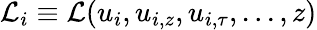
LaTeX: \mathcal{L}_{i}\equiv\mathcal{L}(u_{i},u_{i,z},u_{i,\tau},...,z)